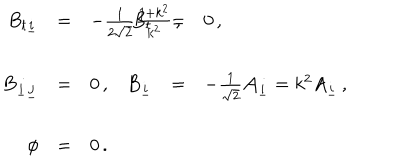
LaTeX: \begin{array} { r c l r c l } { { B _ { t \underline { { { i } } } } } } & { { = } } & { { - \frac { 1 } { 2 \sqrt { 2 } } \frac { 1 + k ^ { 2 } } { k ^ { 2 } } \, , \hspace { 1 . 5 c m } } } & { { B _ { t } } } & { { = } } & { { 0 \, , } } \\ { { } } & { { } } & { { } } & { { } } & { { } } & { { } } \\ { { B _ { \underline { { { i } } } \underline { { { j } } } } } } & { { = } } & { { 0 \, , } } & { { B _ { \underline { { { i } } } } } } & { { = } } & { { - \frac { 1 } { \sqrt { 2 } } { \cal A } _ { \underline { { { i } } } } = k ^ { 2 } A _ { \underline { { { i } } } } \, , } } \\ { { } } & { { } } & { { } } & { { } } & { { } } & { { } } \\ { { \phi } } & { { = } } & { { 0 \, . } } & { { } } & { { } } & { { } } \\ \end{array}